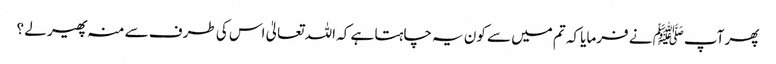
پھر آپﷺ نے فرمایا کہ تم میں سے کون یہ چاہتا ہے کہ اللہ تعالیٰ اس کی طرف سے منہ پھیر لے ؟